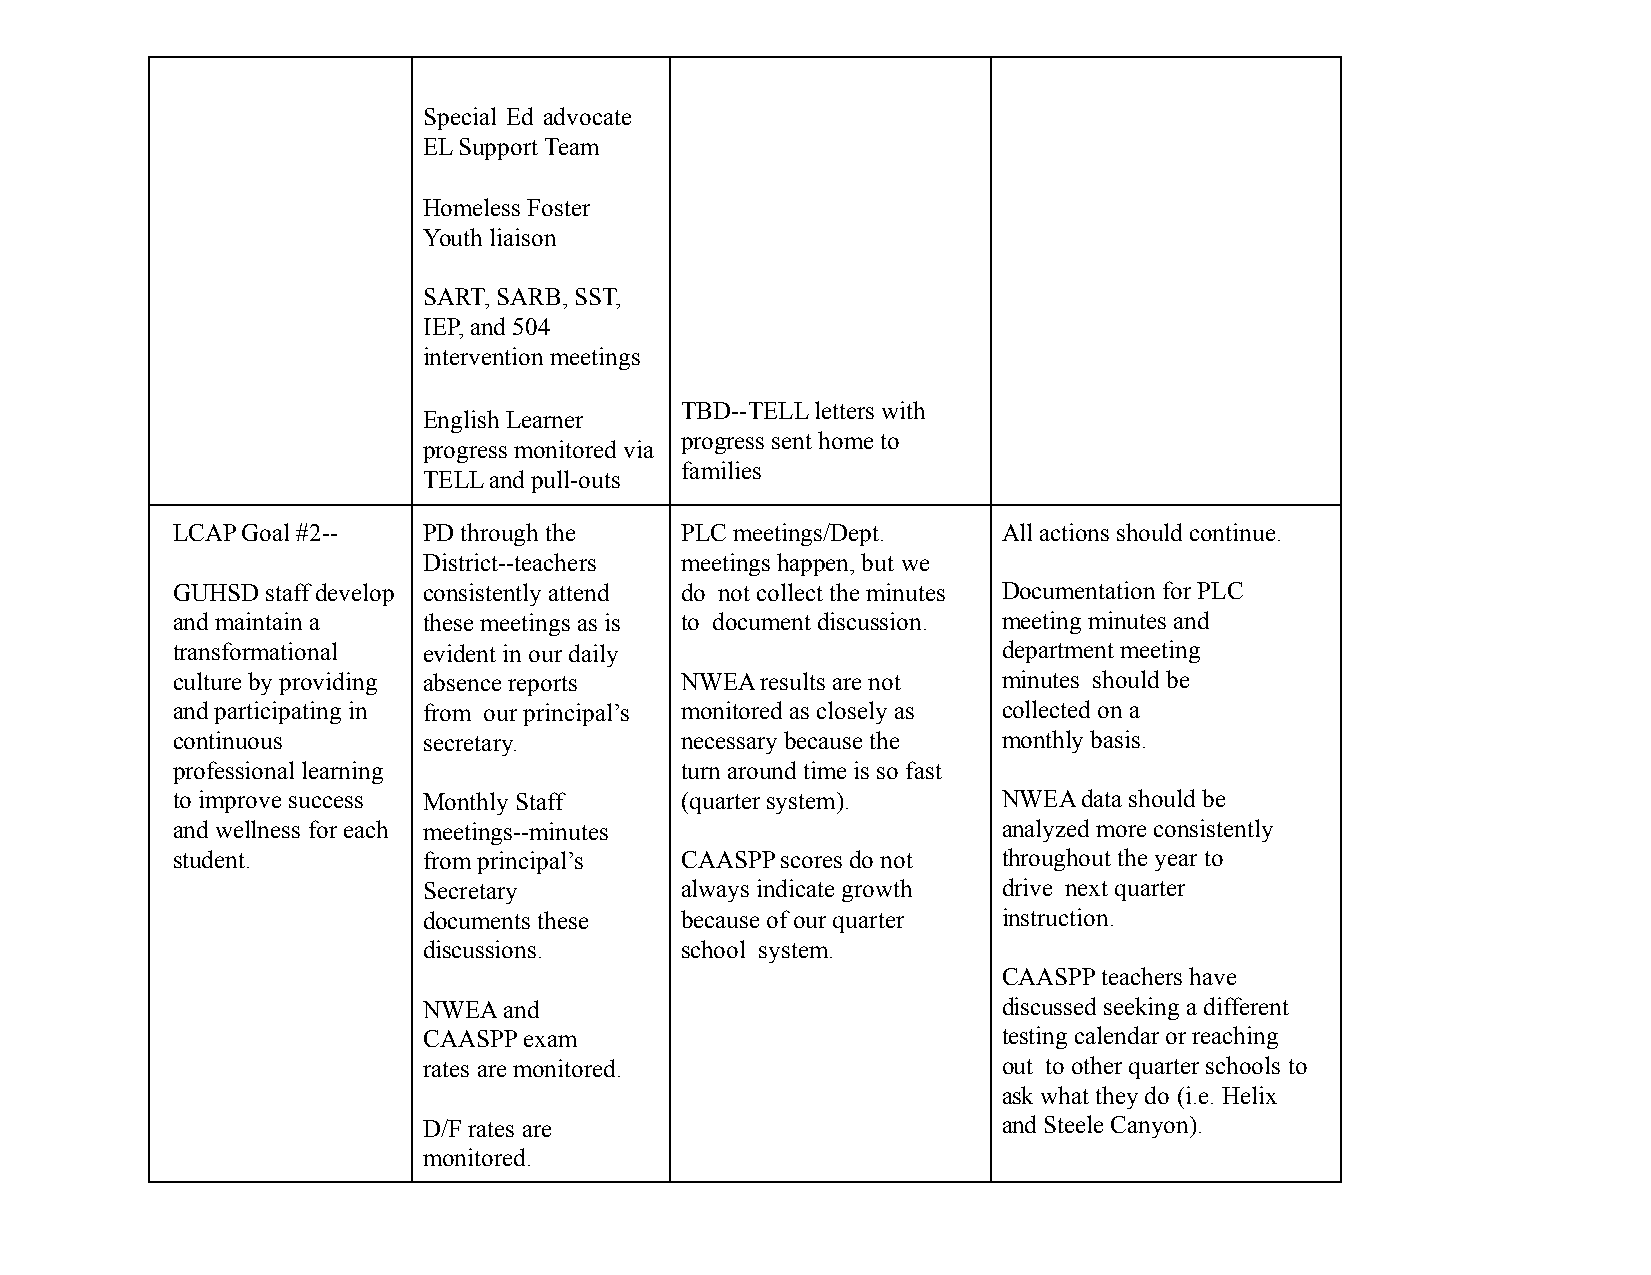
Special Ed advocate
 EL Support Team
 Homeless Foster
 Youth liaison
 SART, SARB, SST,
 IEP, and 504
 intervention meetings
 TBD--TELL letters with
 English Learner
 progress sent home to
 progress monitored via
 families
 TELL and pull-outs
 LCAP Goal #2--   PD through the   PLC meetings/Dept.   All actions should continue.
 District--teachers meetings happen, but we
 GUHSD  staff develop consistently attend do not collect the minutes Documentation for PLC
 and maintain a   these meetings as is to document discussion. meeting minutes and
 transformational evident in our daily                  department meeting
 culture by providing absence reports NWEA results are not minutes should be
 and participating in from our principal’s monitored as closely as collected on a
 continuous       secretary.       necessary because the monthly basis.
 professional learning             turn around time is so fast
 to improve success Monthly Staff  (quarter system).    NWEA  data should be
 and wellness for each meetings--minutes                analyzed more consistently
 student.         from principal’s CAASPP scores do not throughout the year to
 Secretary        always indicate growth drive next quarter
 documents these  because of our quarter instruction.
 discussions.     school system.
 CAASPP teachers have
 NWEA and                              discussed seeking a different
 CAASPP exam                           testing calendar or reaching
 rates are monitored.                  out to other quarter schools to
 ask what they do (i.e. Helix
 D/F rates are                         and Steele Canyon).
 monitored.